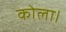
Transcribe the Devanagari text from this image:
कोला।